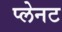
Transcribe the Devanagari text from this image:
प्लेनट